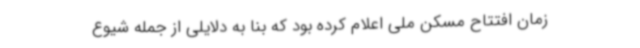
زمان افتتاح مسکن ملی اعلام کرده بود که بنا به دلایلی از جمله شیوع